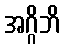
အဂ္ဂိဘိ